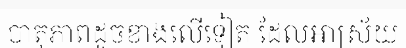
បាតុភាពដូចខាងលើទៀត ដែលអាស្រ័យ